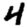
Digit: 4